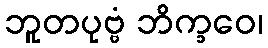
ဘူတပုဗ္ဗံ ဘိက္ခဝေ၊